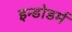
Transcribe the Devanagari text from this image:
इन्डोडर्म